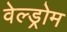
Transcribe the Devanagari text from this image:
वेल्ड्रोम